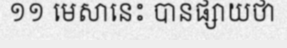
១១ មេសានេះ បានផ្សាយថា